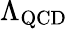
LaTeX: \Lambda_{\textrm{QCD}}